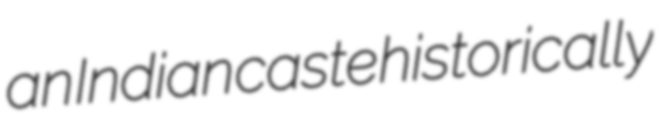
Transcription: an Indian caste historically